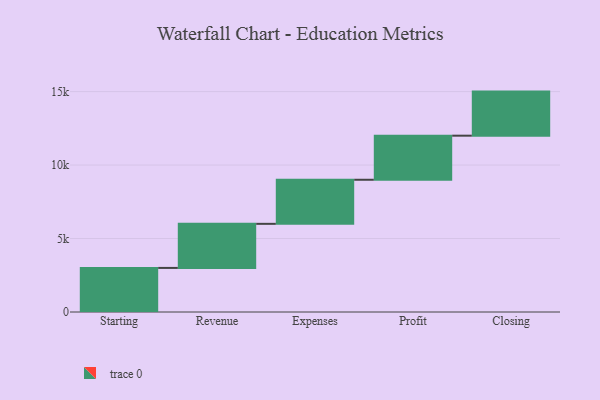
{"axis": {"x": "Step", "y": "Value"}, "legend": [""], "data": [{"x": "Starting", "y": 3000, "type": ""}, {"x": "Revenue", "y": 3000, "type": ""}, {"x": "Expenses", "y": 3000, "type": ""}, {"x": "Profit", "y": 3000, "type": ""}, {"x": "Closing", "y": 3000, "type": ""}]}